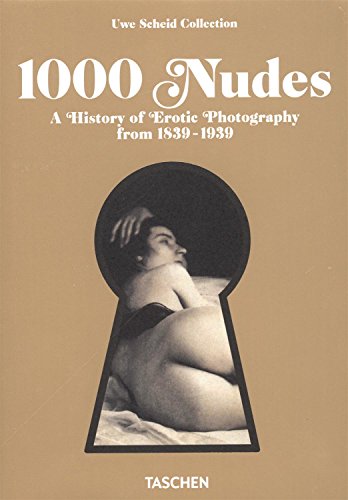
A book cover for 1000 Nudes: A History of Erotic Photography from 1839-1939; Hans-Michael Koetzle; Arts & Photography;